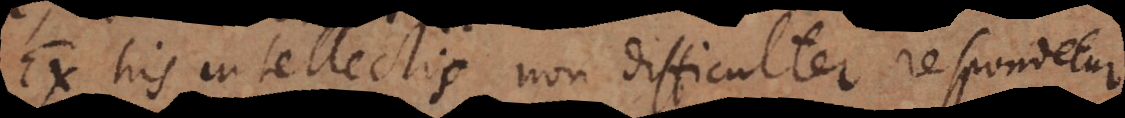
Ex his intellectis non difficulter respondetur